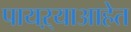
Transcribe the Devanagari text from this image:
पायऱ्याआहेत